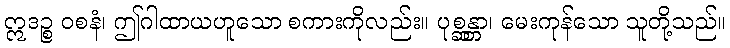
ဣဒဉ္စ ဝစနံ၊ ဤဂါထာယဟူသော စကားကိုလည်း။ ပုစ္ဆန္တာ၊ မေးကုန်သော သူတို့သည်။